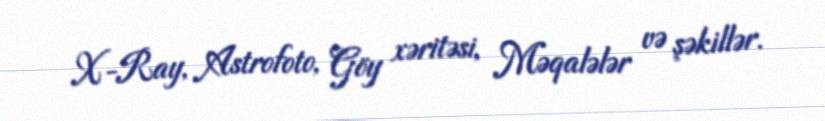
X-Ray, Astrofoto, Göy xəritəsi, Məqalələr və şəkillər.